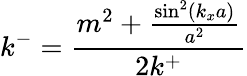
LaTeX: k^{-}=\frac{m^{2}+\frac{\sin^{2}(k_{x}a)}{a^{2}}}{2k^{+}}